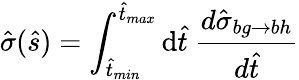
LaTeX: \hat{\sigma}(\hat{s})=\int_{\hat{t}_{min}}^{\hat{t}_{max}}\mathrm{d}\hat{t}\ \frac{d\hat{\sigma}_{bg\to bh}}{d\hat{t}}